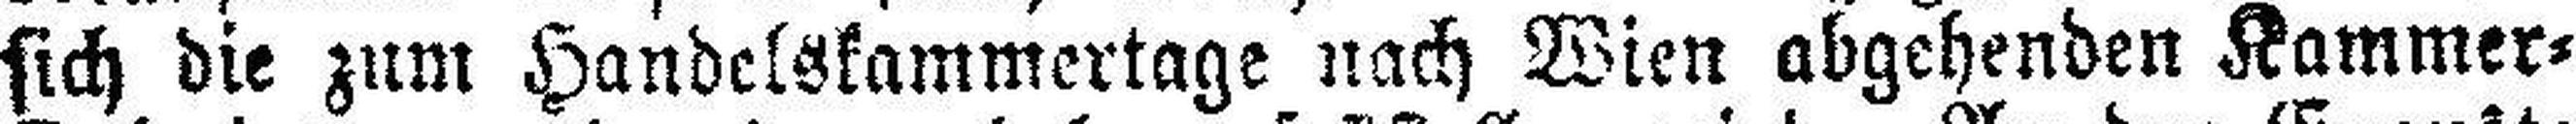
sich die zum Handelskammertage nach Wien abgehenden Kammer=